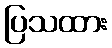
ပြသထား